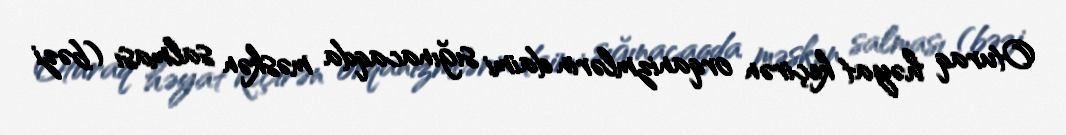
Oturaq həyat keçirən orqanizmlərin daimi sığınacaqda məskən salması (bəzi